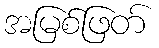
အမြစ်ဖြတ်